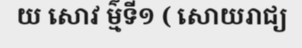
យ សោវ ម៌្មទី១ ( សោយរាជ្យ